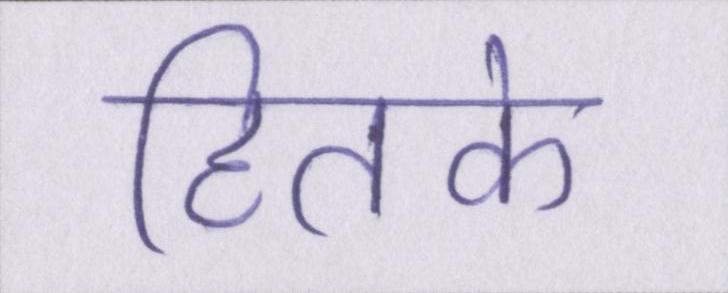
हितके